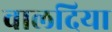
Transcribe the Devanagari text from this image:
वालदिया